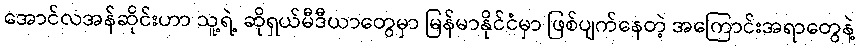
အောင်လအန်ဆိုင်းဟာ သူ့ရဲ့ ဆိုရှယ်မီဒီယာတွေမှာ မြန်မာနိုင်ငံမှာ ဖြစ်ပျက်နေတဲ့ အကြောင်းအရာတွေနဲ့